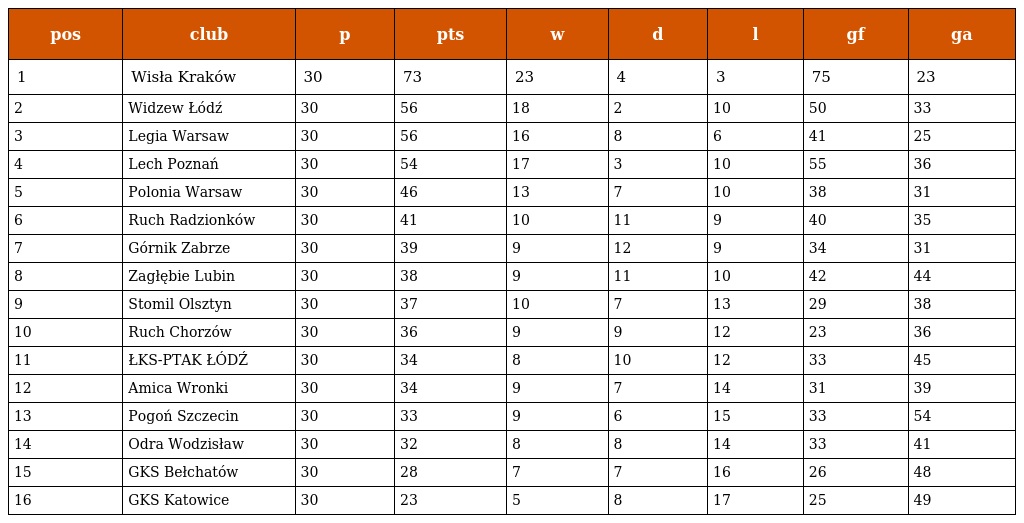
| pos | club | p | pts | w | d | l | gf | ga |
 | --- | --- | --- | --- | --- | --- | --- | --- | --- |
 | 1 | Wisła Kraków | 30 | 73 | 23 | 4 | 3 | 75 | 23 |
 | 2 | Widzew Łódź | 30 | 56 | 18 | 2 | 10 | 50 | 33 |
 | 3 | Legia Warsaw | 30 | 56 | 16 | 8 | 6 | 41 | 25 |
 | 4 | Lech Poznań | 30 | 54 | 17 | 3 | 10 | 55 | 36 |
 | 5 | Polonia Warsaw | 30 | 46 | 13 | 7 | 10 | 38 | 31 |
 | 6 | Ruch Radzionków | 30 | 41 | 10 | 11 | 9 | 40 | 35 |
 | 7 | Górnik Zabrze | 30 | 39 | 9 | 12 | 9 | 34 | 31 |
 | 8 | Zagłębie Lubin | 30 | 38 | 9 | 11 | 10 | 42 | 44 |
 | 9 | Stomil Olsztyn | 30 | 37 | 10 | 7 | 13 | 29 | 38 |
 | 10 | Ruch Chorzów | 30 | 36 | 9 | 9 | 12 | 23 | 36 |
 | 11 | ŁKS-PTAK ŁÓDŹ | 30 | 34 | 8 | 10 | 12 | 33 | 45 |
 | 12 | Amica Wronki | 30 | 34 | 9 | 7 | 14 | 31 | 39 |
 | 13 | Pogoń Szczecin | 30 | 33 | 9 | 6 | 15 | 33 | 54 |
 | 14 | Odra Wodzisław | 30 | 32 | 8 | 8 | 14 | 33 | 41 |
 | 15 | GKS Bełchatów | 30 | 28 | 7 | 7 | 16 | 26 | 48 |
 | 16 | GKS Katowice | 30 | 23 | 5 | 8 | 17 | 25 | 49 |